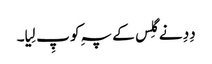
دِدِ نے گِلس کے پہِ کو پِ لِیا۔